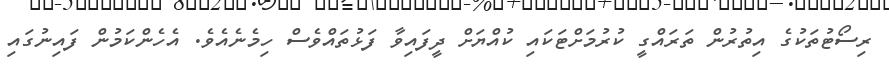
ރިސޯޓުތަކުގެ އިތުރުން ތަރައްގީ ކުރުމަށްޓަކައި ކުއްޔަށް ދީފައިވާ ފަޅުތައްވެސް ހިމެނެއެވެ. އެހެންކަމުން ފައިނުގައި